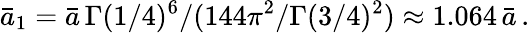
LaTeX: \bar{a}_{1}=\bar{a}\, \Gamma(1/4)^{6}/(144\pi^{2}/\Gamma(3/4)^{2})\approx 1.064\, \bar{a}\, .